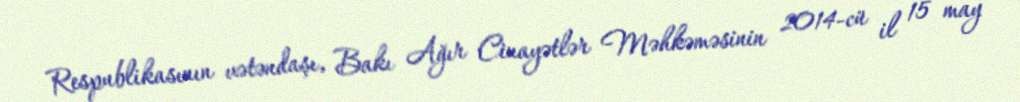
Respublikasının vətəndaşı, Bakı Ağır Cinayətlər Məhkəməsinin 2014-cü il 15 may